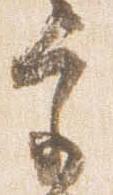
宮